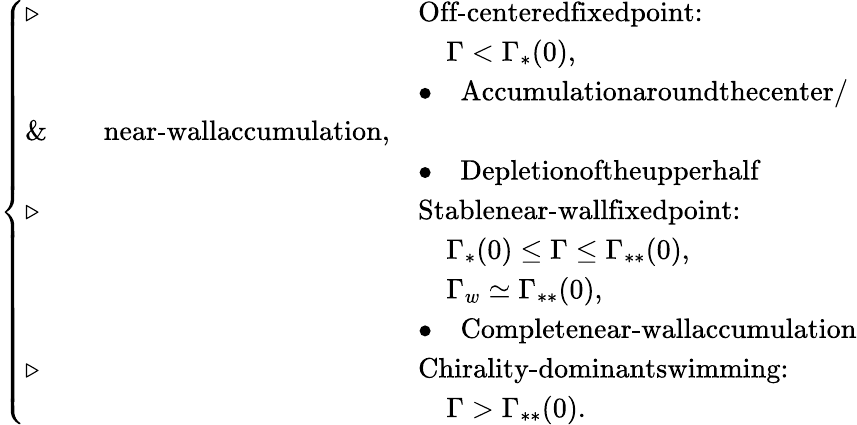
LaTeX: \begin{array}{r}{\left\{ \begin{array}{ll}{\triangleright\, \, }&{\textrm{Off-centeredfixedpoint:}}\\ &{\quad\Gamma<\Gamma_{\ast}(0),}\\ &{\bullet\quad\textrm{Accumulationaroundthecenter/}}\\ {\& \quad\quad\textrm{near-wallaccumulation,}}\\ &{\bullet\quad\textrm{Depletionoftheupperhalf}}\\ {\triangleright\, \, }&{\textrm{Stablenear-wallfixedpoint:}}\\ &{\quad\Gamma_{\ast}(0)\leq\Gamma\leq\Gamma_{\ast\ast}(0),}\\ &{\quad\Gamma_{w}\simeq\Gamma_{\ast\ast}(0),}\\ &{\bullet\quad\textrm{Completenear-wallaccumulation}}\\ {\triangleright\, \, }&{\textrm{Chirality-dominantswimming:}}\\ &{\quad\Gamma>\Gamma_{\ast\ast}(0).}\end{array}\right.}\end{array}